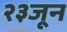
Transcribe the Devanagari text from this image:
२३जून